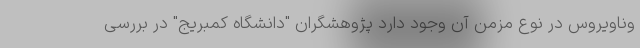
وناویروس در نوع مزمن آن وجود دارد پژوهشگران "دانشگاه کمبریج" در بررسی